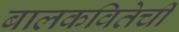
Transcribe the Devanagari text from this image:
बालकवितेची